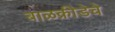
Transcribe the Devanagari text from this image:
बाळक्रीडेचे